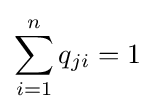
\sum _{i=1}^{n}q_{ji}=1